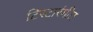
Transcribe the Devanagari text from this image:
टिस्टारंगीत